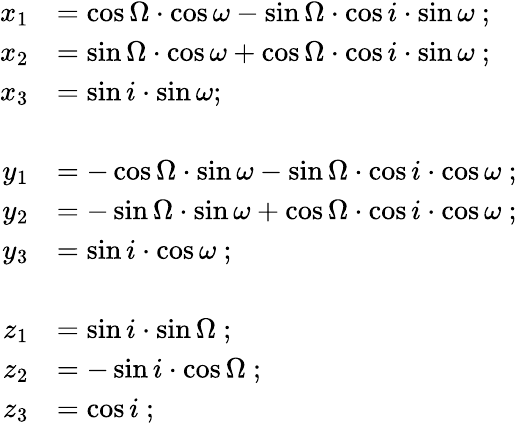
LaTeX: {\begin{array}{rl}{x_{1}}&{=\cos\Omega\cdot\cos\omega-\sin\Omega\cdot\cos i\cdot\sin\omega\ ;}\\ {x_{2}}&{=\sin\Omega\cdot\cos\omega+\cos\Omega\cdot\cos i\cdot\sin\omega\ ;}\\ {x_{3}}&{=\sin i\cdot\sin\omega;}\\ {\, }\\ {y_{1}}&{=-\cos\Omega\cdot\sin\omega-\sin\Omega\cdot\cos i\cdot\cos\omega\ ;}\\ {y_{2}}&{=-\sin\Omega\cdot\sin\omega+\cos\Omega\cdot\cos i\cdot\cos\omega\ ;}\\ {y_{3}}&{=\sin i\cdot\cos\omega\ ;}\\ {\, }\\ {z_{1}}&{=\sin i\cdot\sin\Omega\ ;}\\ {z_{2}}&{=-\sin i\cdot\cos\Omega\ ;}\\ {z_{3}}&{=\cos i\ ;}\end{array}}